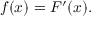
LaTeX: f ( x ) = F ^ { \prime } ( x ) .